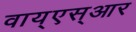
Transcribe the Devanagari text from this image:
वाय्‌एस्‌आर